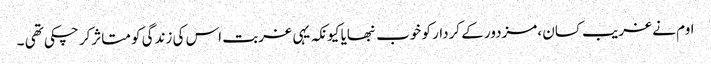
اوم نے غریب کسان ،مزدور کے کردار کو خوب نبھایا کیونکہ یہی غربت اس کی زندگی کو متاثرکر چکی تھی ۔